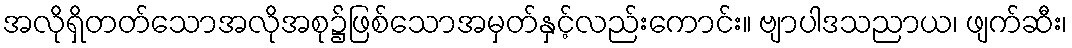
အလိုရှိတတ်သောအလိုအစု၌ဖြစ်သောအမှတ်နှင့်လည်းကောင်း။ ဗျာပါဒသညာယ၊ ဖျက်ဆီး၊